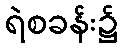
ရဲစခန်း၌